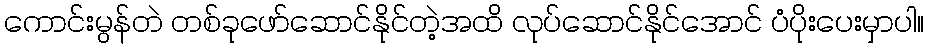
ကောင်းမွန်တဲ တစ်ခုဖော်ဆောင်နိုင်တဲ့အထိ လုပ်ဆောင်နိုင်အောင် ပံပိုးပေးမှာပါ။